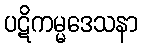
ပဋိကမ္မဒေသနာ